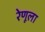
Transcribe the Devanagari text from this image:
रेणूला